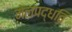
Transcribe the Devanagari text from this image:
मेलपद्धति